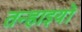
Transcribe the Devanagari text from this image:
तन्हाइयों